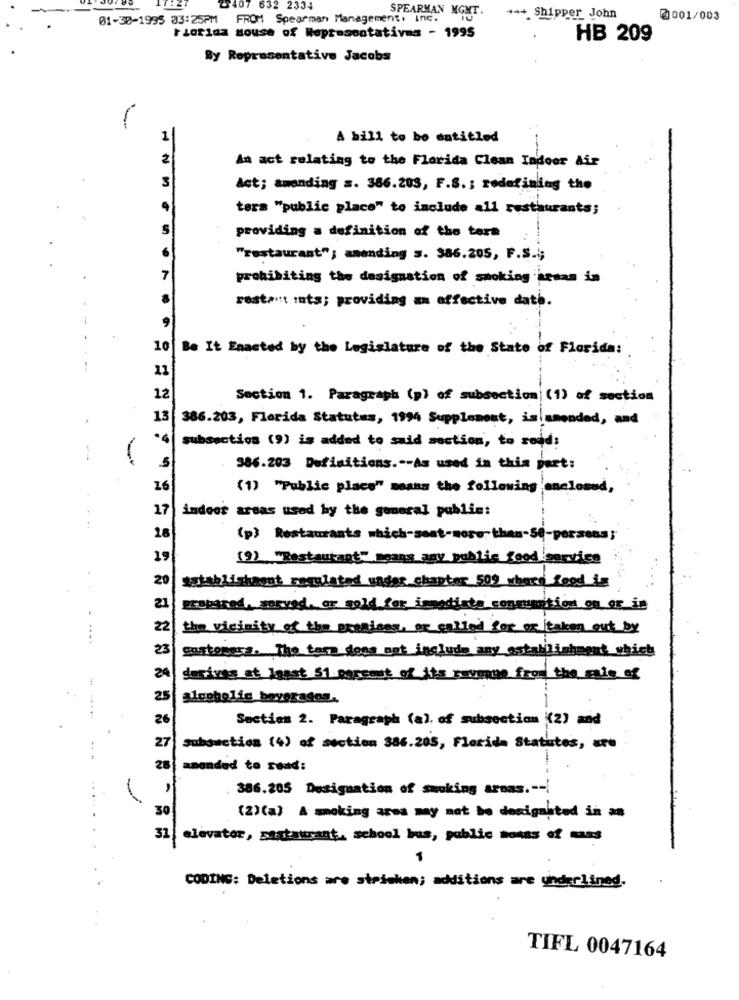
2407 632 2334
01-30-1995 33:25PM FROM Spearman Management, Inc.
SPEARMAN MGMT.
*** Shipper John
0001/003
Fiorina House of Representatives - 1995
HB 209
By Representative Jacobs
1
A bill to be entitled
2
An act relating to the Florida Clean Indoor Air
3
Act; amending s. 386.203, F.S .; redefining the
tera "public place" to include all restaurants;
S
providing a definition of the tera
6
"restaurant"; amending s. 386.205, F.S .;
7
prohibiting the designation of smoking kenan in
restant :ats; providing an effective date.
10
Be It Enacted by the Legislature of the State of Florida:
-
11
12
Section 1. Paragraph (p) of subsection (1) of section
13
386.203, Florida Statutas, 1994 Supplement, islamended, and
·4
subsection (9) is added to said section, to read:
986.203 Definitions .-- As used in this post:
16
(1) "Public place" means the following enclosed,
17
indoor areas used by the general public:
18
(p) Restaurants which-seat-more than-Se-persons;
19
(9) "Restautant" spans amy public food service
20
Establishment regulated under chapter 509 whore food is
21
prepared, served, or sold for immediate consumption on or in
22
the vicinity of the pregioes, ar called for or taken out by
23
customers. The tere does not include any establishment which
24
desives at least $1 percent of its revenue from the sale of
25
alcoholic beverages ..
26
Section 2. Paragraph (a). of subsection (2) and
27
..
Subauction (4) of section 386.205, Florida Statutes, are
28
amended to read:
. 386.205 Designation of smoking areas .-- /
(2)(a) A smoking area may not be desigahted in an
31
elevator, sastaurant, school bus, public sowas of mass
CODING: Deletions are stricken; additions are underlined.
TIFL 0047164